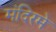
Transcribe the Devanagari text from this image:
मंदिरमे